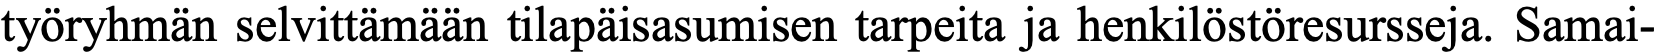
työryhmän selvittämään tilapäisasumisen tarpeita ja henkilöstöresursseja. Samai-